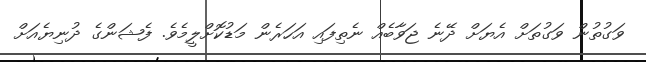
ވަގުތުން ވަގުތަށް އެޔަށް ދޭނެ ޖަވާބެއް ނެތިފައި އަހަރެން މަޑުކޮށްލީމެވެ. ފެޝަންގެ ދުނިޔެއަށް